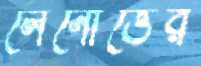
লেনোভের